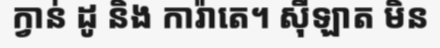
ក្វាន់ ដូ និង ការ៉ាតេ។ ស៊ីឡាត មិន